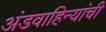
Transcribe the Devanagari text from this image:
अंडवाहिन्यांची